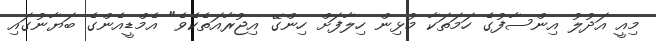
މިއީ އަދުލު އިންސާފުގެ ހަމަތަކާ މުޅިން ހިލާފަށް ހިންގޭ އިޖުރާއަތެކެވެ" އެމްޑީއެންގެ ބަޔާނުގައި